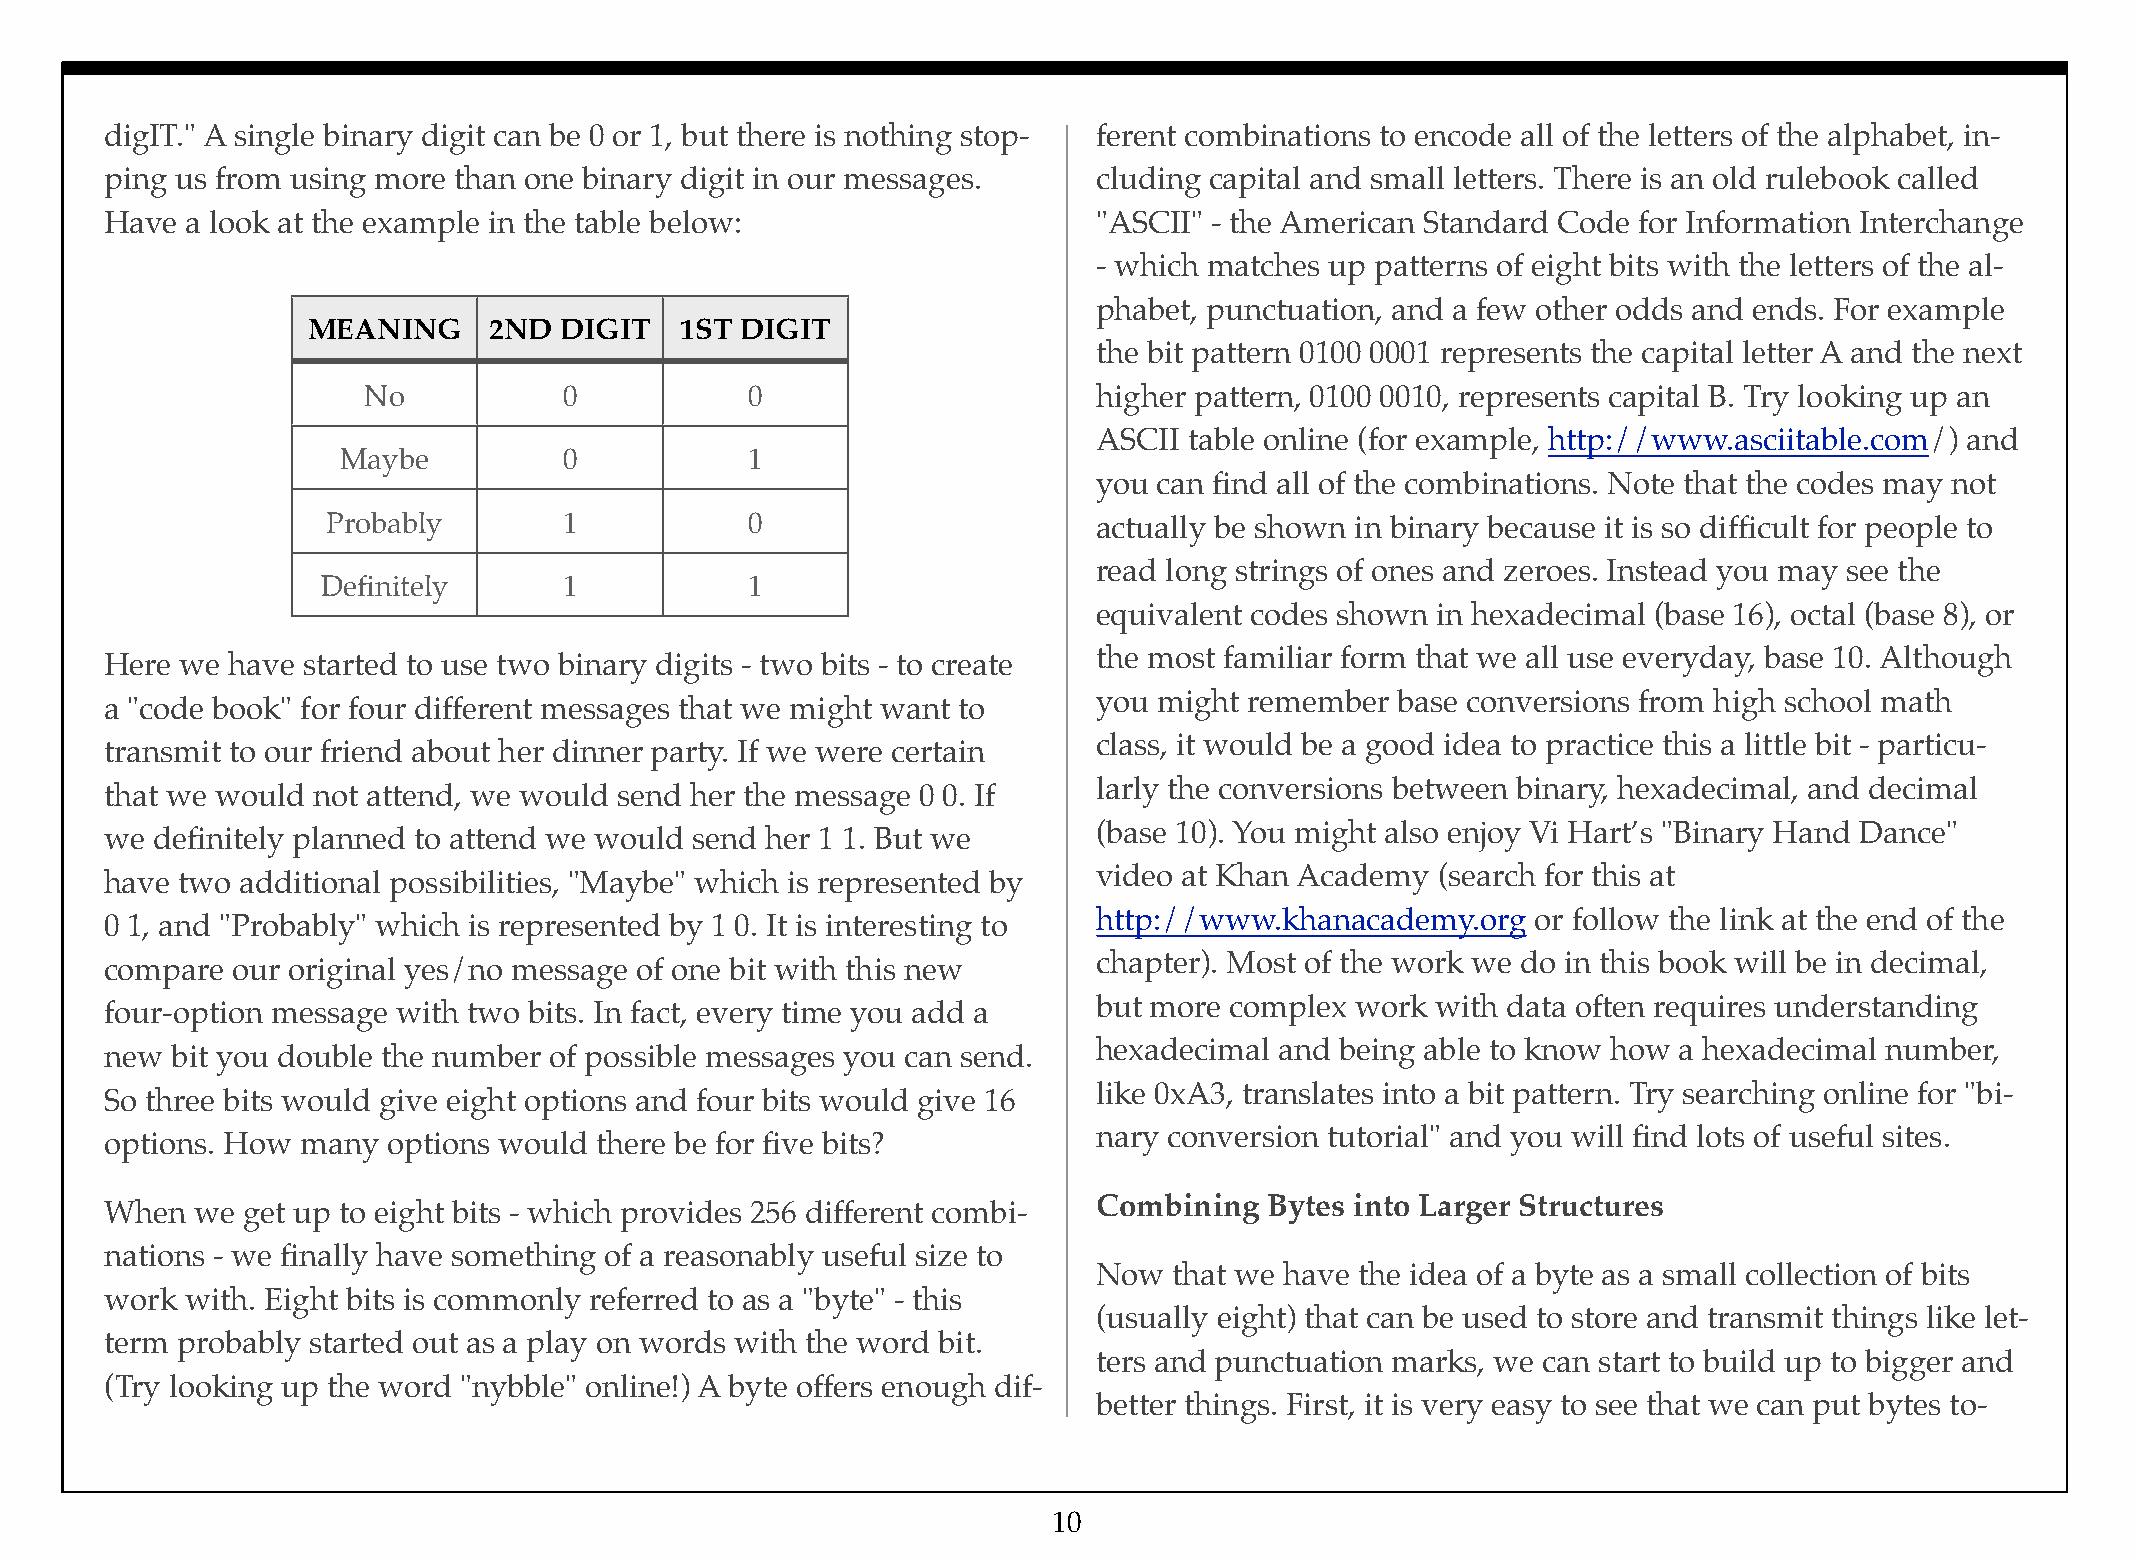
digIT." A single binary digit can be 0 or 1, but there is nothing stop- ferent combinations to encode all of the letters of the alphabet, in-
 ping us from using more than one binary digit in our messages.    cluding capital and small letters. There is an old rulebook called
 Have a look at the example in the table below:                    "ASCII" - the American Standard Code for Information Interchange
 - which matches up patterns of eight bits with the letters of the al-
 phabet, punctuation, and a few other odds and ends. For example
 MEANING     2ND  DIGIT   1ST DIGIT
 the bit pattern 0100 0001 represents the capital letter A and the next
 No           0            0                      higher pattern, 0100 0010, represents capital B. Try looking up an
 ASCII table online (for example, http://www.asciitable.com/) and
 Maybe         0            1
 you can find all of the combinations. Note that the codes may not
 Probably       1            0                      actually be shown in binary because it is so difficult for people to
 read long strings of ones and zeroes. Instead you may see the
 Definitely      1            1
 equivalent codes shown in hexadecimal (base 16), octal (base 8), or
 the most familiar form that we all use everyday, base 10. Although
 Here we have started to use two binary digits - two bits - to create
 you might remember base conversions from high school math
 a "code book" for four different messages that we might want to
 class, it would be a good idea to practice this a little bit - particu-
 transmit to our friend about her dinner party. If we were certain
 larly the conversions between binary, hexadecimal, and decimal
 that we would not attend, we would send her the message 0 0. If
 (base 10). You might also enjoy Vi Hart’s "Binary Hand Dance"
 we definitely planned to attend we would send her 1 1. But we
 video at Khan Academy (search for this at
 have two additional possibilities, "Maybe" which is represented by
 http://www.khanacademy.org   or follow the link at the end of the
 0 1, and "Probably" which is represented by 1 0. It is interesting to
 chapter). Most of the work we do in this book will be in decimal,
 compare our original yes/no message of one bit with this new
 but more complex work with data often requires understanding
 four-option message with two bits. In fact, every time you add a
 hexadecimal and being able to know how a hexadecimal number,
 new bit you double the number of possible messages you can send.
 like 0xA3, translates into a bit pattern. Try searching online for "bi-
 So three bits would give eight options and four bits would give 16
 nary conversion tutorial" and you will find lots of useful sites.
 options. How many  options would there be for five bits?
 Combining  Bytes into Larger Structures
 When  we get up to eight bits - which provides 256 different combi-
 nations - we finally have something of a reasonably useful size to
 Now  that we have the idea of a byte as a small collection of bits
 work with. Eight bits is commonly referred to as a "byte" - this
 (usually eight) that can be used to store and transmit things like let-
 term probably started out as a play on words with the word bit.
 ters and punctuation marks, we can start to build up to bigger and
 (Try looking up the word "nybble" online!) A byte offers enough dif-
 better things. First, it is very easy to see that we can put bytes to-
 10